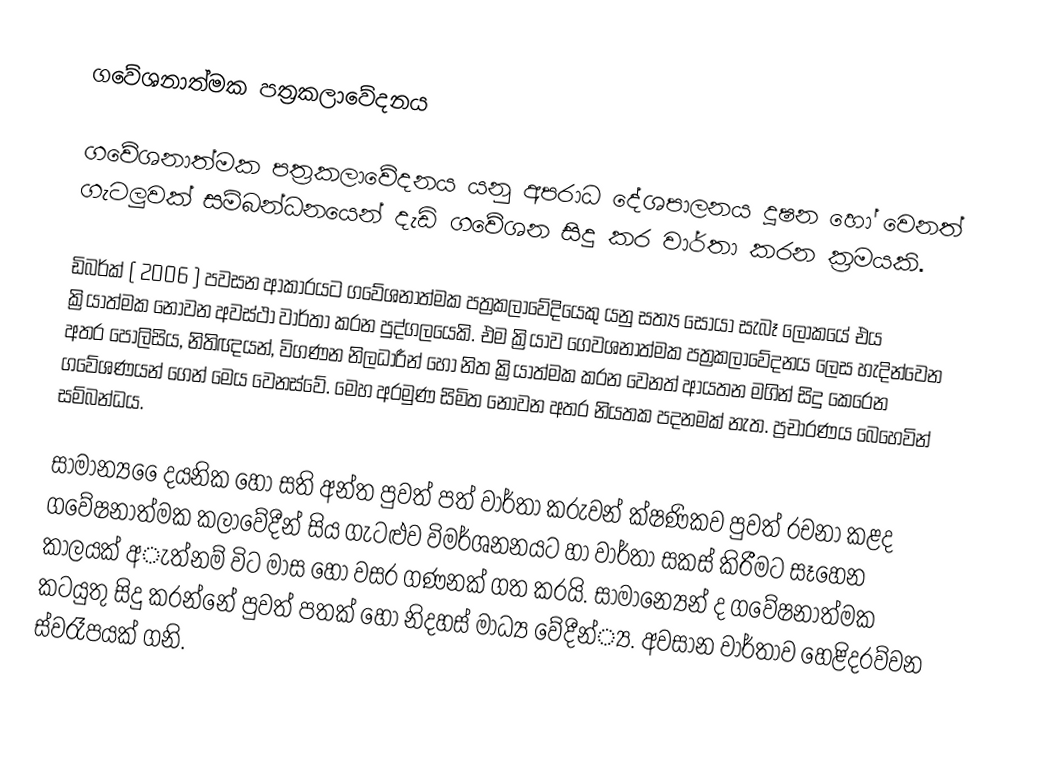
ගවේශනාත්මක පත්‍රකලාවේදනය

ගවේශනාත්මක පත්‍රකලාවේදනය යනු අපරාධ දේශපාලනය දූෂන හෝ වෙනත් ගැටලුවක් සම්බන්ධනයෙන් දැඩි ගවේශන සිදු කර වාර්තා කරන ක්‍රමයකි.

ඩිබර්ක් ( 2006 ) පවසන ආකාරයට ගවේශනාත්මක පත්‍රකලාවේදියෙකු යනු සත්‍ය සොයා සැබෑ ලෝකයේ එය ක්‍රියාත්මක නොවන අවස්ථා වාර්තා කරන පුද්ගලයෙකි. එම ක්‍රියාව ගෙවශනාත්මක පත්‍රකලාවේදනය ලෙස හැදින්වෙන අතර පොලිසිය, නිතිඥයන්, විගණන නිලධාරීන් හෝ නිත ක්‍රියාත්මක කරන වෙනත් ආයතන මගින් සිදු කෙරෙන ගවේශණයන් ගෙන් මෙය වෙනස්වේ. මෙහ අරමුණ සිමිත නොවන අතර නියතක පදනමක් නැත. ප්‍රචාරණය බෙහෙවින් සම්බන්ධය.

සාමාන්‍ය ෙෙදයනික හෝ සති අන්ත පුවත් පත් වාර්තා කරුවන් ක්ෂණිකව පුවත් රචනා කළද ගවේෂනාත්මක කලාවේදීන් සිය ගැටළුව විමර්ශනනයට හා වාර්තා සකස් කිරීමට සෑහෙන කාලයක් අැත්නම් විට මාස හෝ වසර ගණනක් ගත කරයි. සාමාන්‍යෙන් ද ගවේෂනාත්මක කටයුතු සිදු කරන්නේ පුවත් පතක් හෝ නිදහස් මාධ්‍ය වේදීන්‍්‍ය. අවසාන වාර්තාව හෙළිදරව්වන ස්වරෑපයක් ගනි.